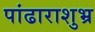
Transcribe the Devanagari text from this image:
पांढाराशुभ्र